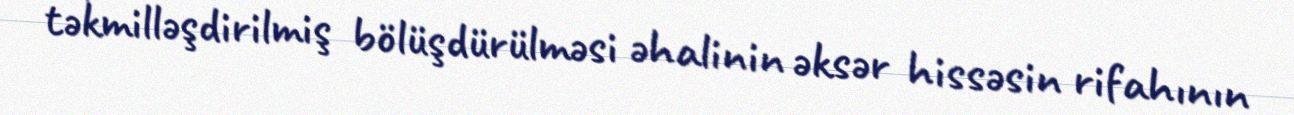
təkmilləşdirilmiş bölüşdürülməsi əhalinin əksər hissəsin rifahının